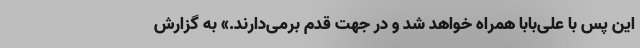
این پس با علی‌بابا همراه‌ خواهد شد و در جهت قدم برمی‌دارند.» به گزارش